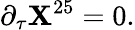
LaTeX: \partial_{\tau}\mathbf{X}^{25}=0.